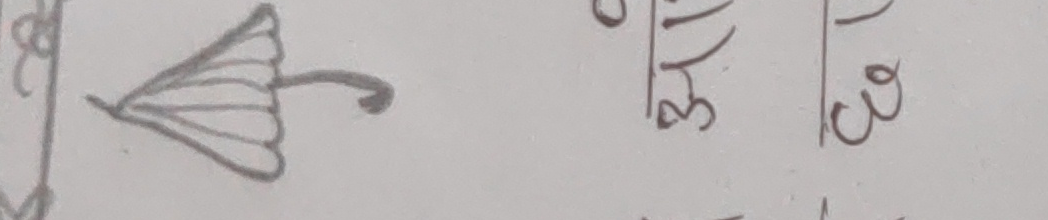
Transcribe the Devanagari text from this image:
३५ ३